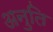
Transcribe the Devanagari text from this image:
अनुति